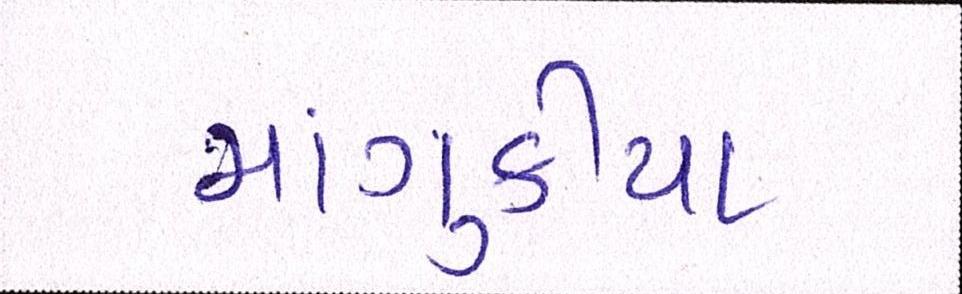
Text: માંગુકીયા